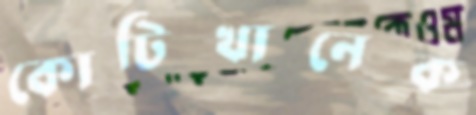
কোটিখানেক